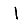
Digit: 1